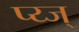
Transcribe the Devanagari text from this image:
प्य्ज्